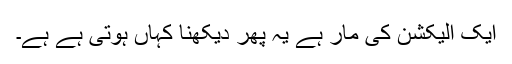
ایک الیکشن کی مار ہے یہ پھر دیکھنا کہاں ہوتی ہے ہے۔